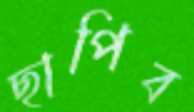
ছাপিব